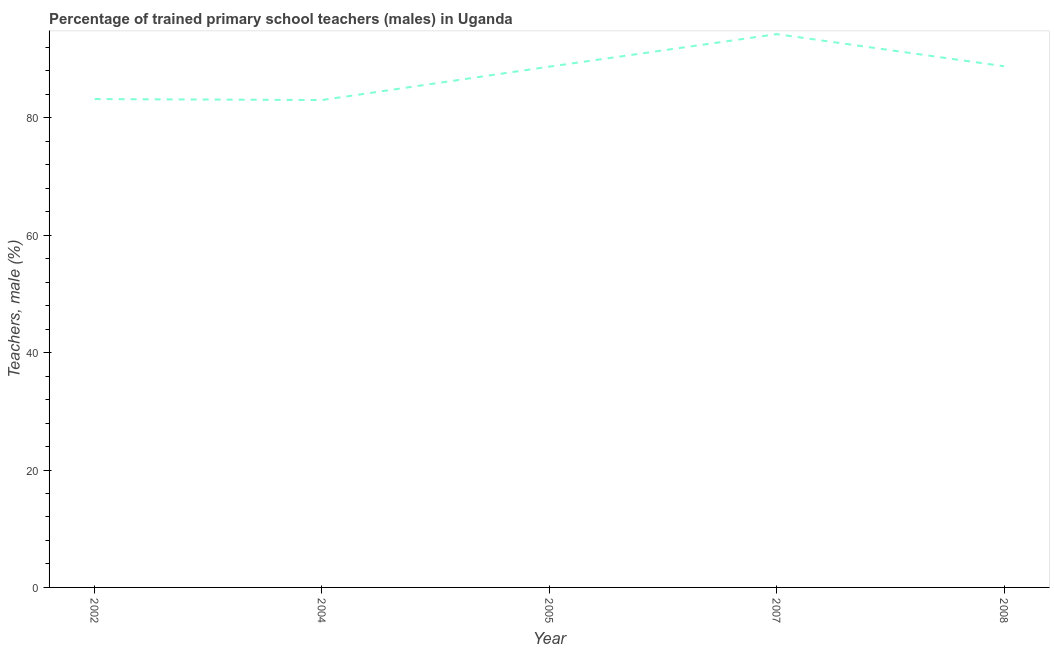
| Year | Trained teachers male |
 | --- | --- |
 | 2002 | 83.2 |
 | 2004 | 83 |
 | 2005 | 88.7 |
 | 2007 | 94.3 |
 | 2008 | 88.8 |